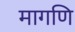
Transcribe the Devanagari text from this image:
मागणि